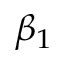
\beta _ { 1 }